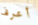
أعرف